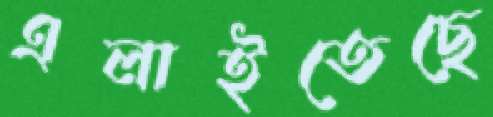
এলাইতেছে